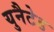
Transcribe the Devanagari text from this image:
युनैटेड